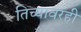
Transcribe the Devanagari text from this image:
तिच्यावरही